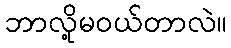
ဘာလို့မဝယ်တာလဲ။